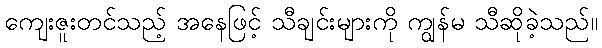
ကျေးဇူးတင်သည့် အနေဖြင့် သီချင်းများကို ကျွန်မ သီဆိုခဲ့သည်။